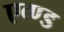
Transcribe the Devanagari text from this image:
एव्ण्ड